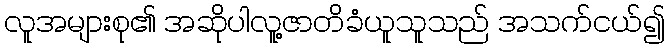
လူအများစု၏ အဆိုပါလူ့ဇာတိခံယူသူသည် အသက်ငယ်၍